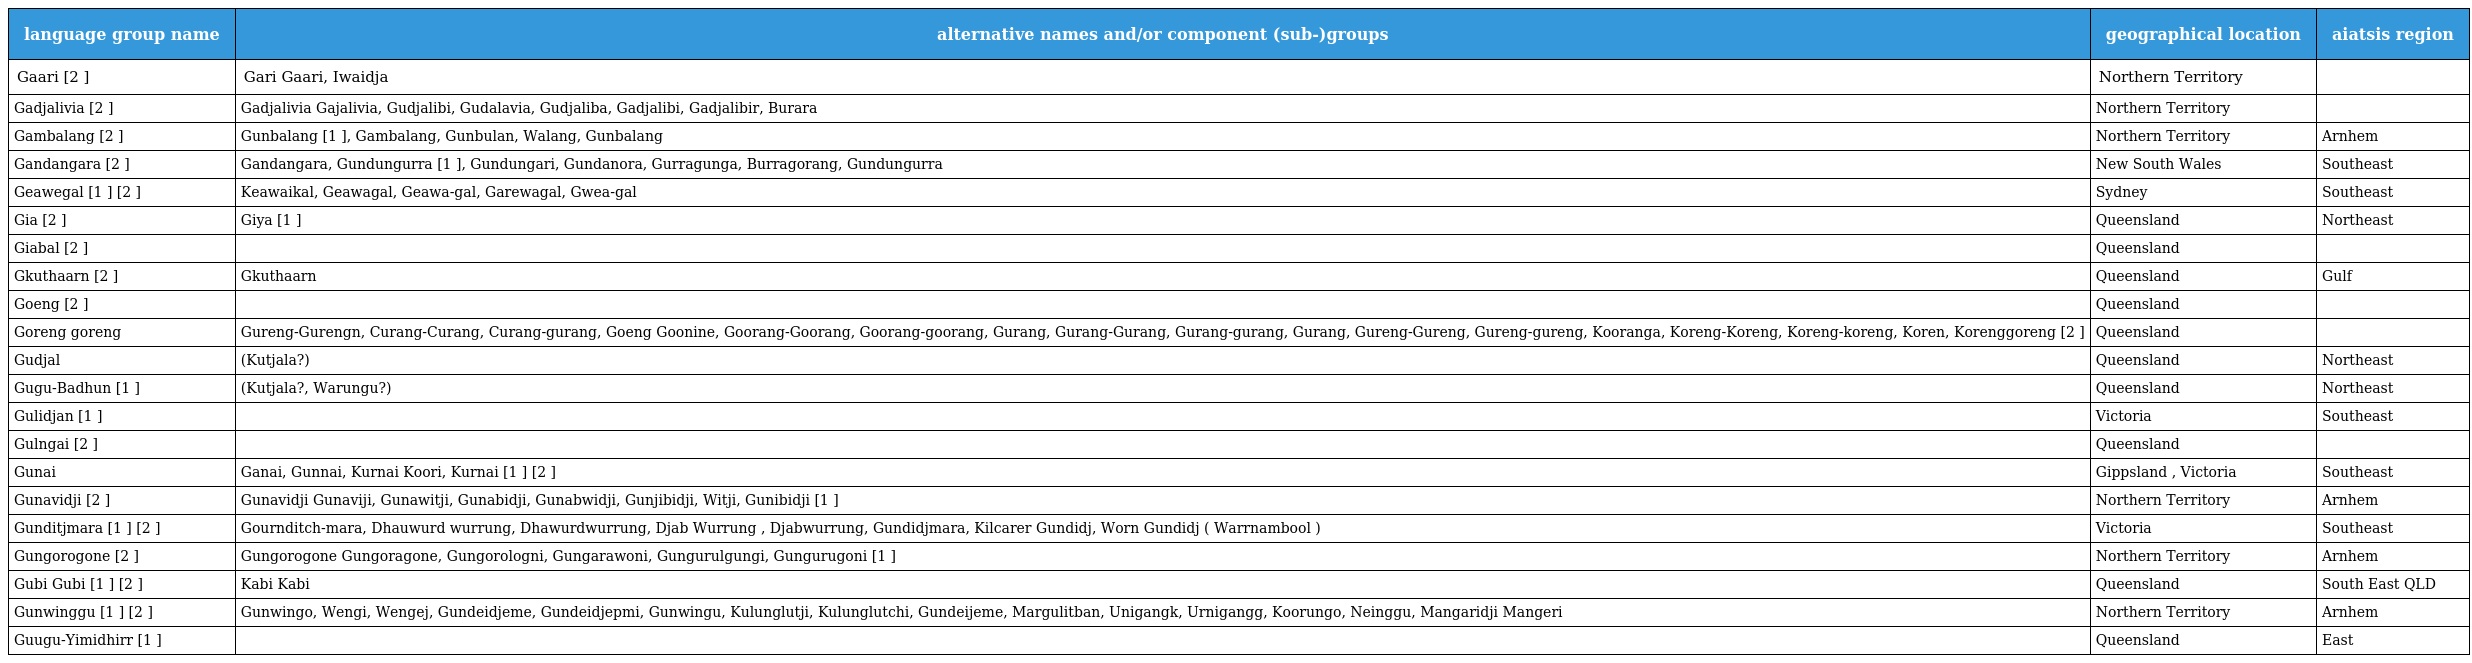
| language group name | alternative names and/or component (sub-)groups | geographical location | aiatsis region |
 | --- | --- | --- | --- |
 | Gaari [2 ] | Gari Gaari, Iwaidja | Northern Territory |  |
 | Gadjalivia [2 ] | Gadjalivia Gajalivia, Gudjalibi, Gudalavia, Gudjaliba, Gadjalibi, Gadjalibir, Burara | Northern Territory |  |
 | Gambalang [2 ] | Gunbalang [1 ], Gambalang, Gunbulan, Walang, Gunbalang | Northern Territory | Arnhem |
 | Gandangara [2 ] | Gandangara, Gundungurra [1 ], Gundungari, Gundanora, Gurragunga, Burragorang, Gundungurra | New South Wales | Southeast |
 | Geawegal [1 ] [2 ] | Keawaikal, Geawagal, Geawa-gal, Garewagal, Gwea-gal | Sydney | Southeast |
 | Gia [2 ] | Giya [1 ] | Queensland | Northeast |
 | Giabal [2 ] |  | Queensland |  |
 | Gkuthaarn [2 ] | Gkuthaarn | Queensland | Gulf |
 | Goeng [2 ] |  | Queensland |  |
 | Goreng goreng | Gureng-Gurengn, Curang-Curang, Curang-gurang, Goeng Goonine, Goorang-Goorang, Goorang-goorang, Gurang, Gurang-Gurang, Gurang-gurang, Gurang, Gureng-Gureng, Gureng-gureng, Kooranga, Koreng-Koreng, Koreng-koreng, Koren, Korenggoreng [2 ] | Queensland |  |
 | Gudjal | (Kutjala?) | Queensland | Northeast |
 | Gugu-Badhun [1 ] | (Kutjala?, Warungu?) | Queensland | Northeast |
 | Gulidjan [1 ] |  | Victoria | Southeast |
 | Gulngai [2 ] |  | Queensland |  |
 | Gunai | Ganai, Gunnai, Kurnai Koori, Kurnai [1 ] [2 ] | Gippsland , Victoria | Southeast |
 | Gunavidji [2 ] | Gunavidji Gunaviji, Gunawitji, Gunabidji, Gunabwidji, Gunjibidji, Witji, Gunibidji [1 ] | Northern Territory | Arnhem |
 | Gunditjmara [1 ] [2 ] | Gournditch-mara, Dhauwurd wurrung, Dhawurdwurrung, Djab Wurrung , Djabwurrung, Gundidjmara, Kilcarer Gundidj, Worn Gundidj ( Warrnambool ) | Victoria | Southeast |
 | Gungorogone [2 ] | Gungorogone Gungoragone, Gungorologni, Gungarawoni, Gungurulgungi, Gungurugoni [1 ] | Northern Territory | Arnhem |
 | Gubi Gubi [1 ] [2 ] | Kabi Kabi | Queensland | South East QLD |
 | Gunwinggu [1 ] [2 ] | Gunwingo, Wengi, Wengej, Gundeidjeme, Gundeidjepmi, Gunwingu, Kulunglutji, Kulunglutchi, Gundeijeme, Margulitban, Unigangk, Urnigangg, Koorungo, Neinggu, Mangaridji Mangeri | Northern Territory | Arnhem |
 | Guugu-Yimidhirr [1 ] |  | Queensland | East |